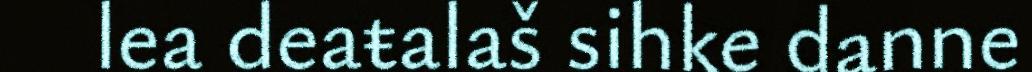
lea deaŧalaš sihke danne